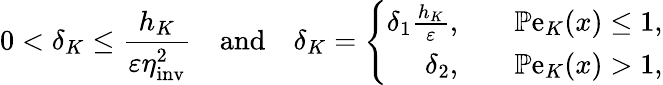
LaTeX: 0<\delta_{K}\leq\frac{h_{K}}{\varepsilon\eta_{\mathrm{inv}}^{2}}\quad\mathrm{and}\quad\delta_{K}=\left\{ \begin{array}{ll}{\begin{array}{rl}{\delta_{1}\frac{h_{K}}{\varepsilon},\quad}&{\mathbb{P}\mathrm{e}_{K}(x)\leq 1,}\\ {\delta_{2},\quad}&{\mathbb{P}\mathrm{e}_{K}(x)>1,}\end{array}}\end{array}\right.